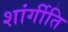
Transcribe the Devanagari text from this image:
शांर्गीति